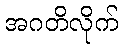
အဂတိလိုက်